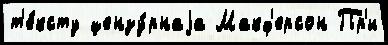
т'е́ксту цензу́рнаjа Макф'ерсон Пр'и